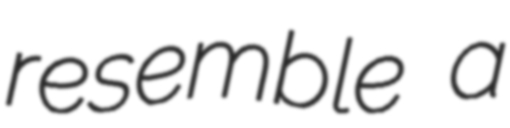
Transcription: resemble a